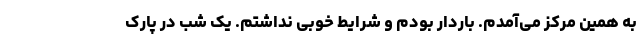
به همین مرکز می‌آمدم. باردار بودم و شرایط خوبی نداشتم. یک شب در پارک